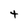
Character: t